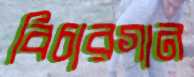
বিচারগান